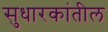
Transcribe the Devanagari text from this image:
सुधारकांतील